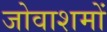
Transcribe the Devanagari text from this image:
जोवाशमों